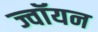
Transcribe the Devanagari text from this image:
ज्वॉयन